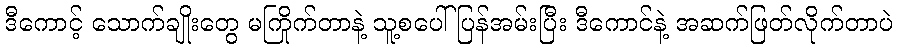
ဒီကောင့် သောက်ချိုးတွေ မကြိုက်တာနဲ့ သူ့စပေါ် ပြန်အမ်းပြီး ဒီကောင်နဲ့ အဆက်ဖြတ်လိုက်တာပဲ